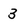
Character: 3